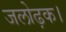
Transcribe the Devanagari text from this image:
जलोढ़क।